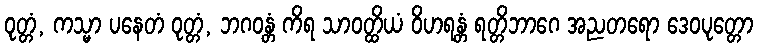
ဝုတ္တံ, ကသ္မာ ပနေတံ ဝုတ္တံ, ဘဂဝန္တံ ကိရ သာဝတ္ထိယံ ဝိဟရန္တံ ရတ္တိဘာဂေ အညတရော ဒေဝပုတ္တော